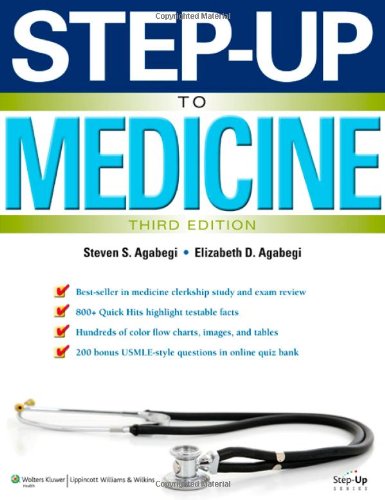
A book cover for Step-Up to Medicine (Step-Up Series)3rd EDITION; Steven S. Agabegi MD; Test Preparation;